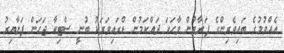
އެއްވުމުގެ ބައިވެރިންގެ ފަރާތުން ވާހަކަ ދައްކަމުން ޑްރައިވަރަކު ބުނީ ސްޓިކާ ޖަހަން ފަށާއިރު